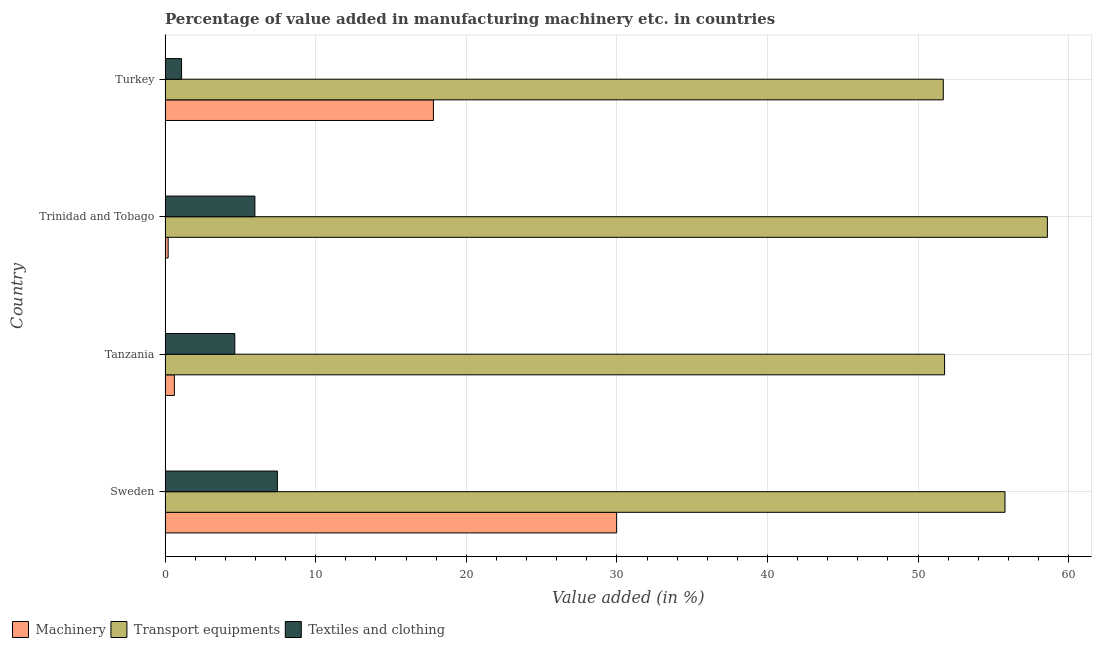
| Country | Machinery | Transport equipments | Textiles and clothing |
 | --- | --- | --- | --- |
 | Sweden | 30 | 55.8 | 7.46 |
 | Tanzania | 0.617 | 51.8 | 4.63 |
 | Trinidad and Tobago | 0.203 | 58.6 | 5.96 |
 | Turkey | 17.8 | 51.7 | 1.09 |